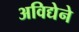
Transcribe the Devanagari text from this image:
अविद्येने